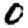
Digit: 0